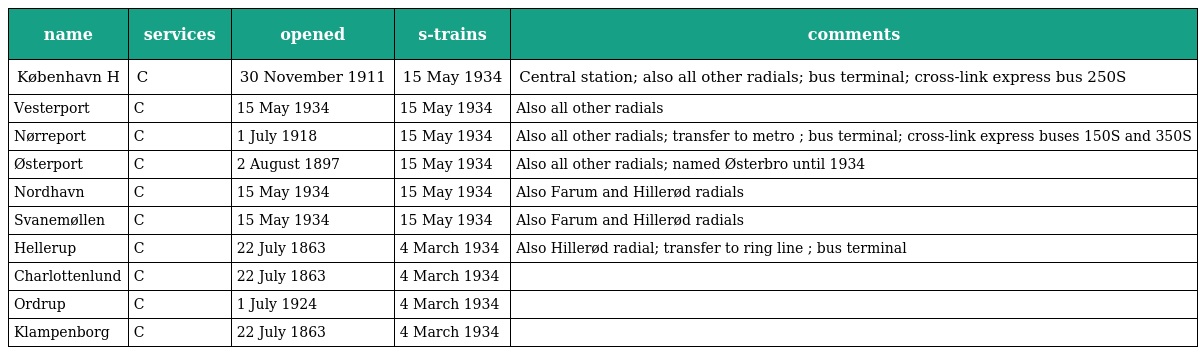
| name | services | opened | s-trains | comments |
 | --- | --- | --- | --- | --- |
 | København H | C | 30 November 1911 | 15 May 1934 | Central station; also all other radials; bus terminal; cross-link express bus 250S |
 | Vesterport | C | 15 May 1934 | 15 May 1934 | Also all other radials |
 | Nørreport | C | 1 July 1918 | 15 May 1934 | Also all other radials; transfer to metro ; bus terminal; cross-link express buses 150S and 350S |
 | Østerport | C | 2 August 1897 | 15 May 1934 | Also all other radials; named Østerbro until 1934 |
 | Nordhavn | C | 15 May 1934 | 15 May 1934 | Also Farum and Hillerød radials |
 | Svanemøllen | C | 15 May 1934 | 15 May 1934 | Also Farum and Hillerød radials |
 | Hellerup | C | 22 July 1863 | 4 March 1934 | Also Hillerød radial; transfer to ring line ; bus terminal |
 | Charlottenlund | C | 22 July 1863 | 4 March 1934 |  |
 | Ordrup | C | 1 July 1924 | 4 March 1934 |  |
 | Klampenborg | C | 22 July 1863 | 4 March 1934 |  |